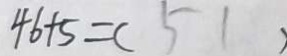
4 6 + 5 = ( 5 1 )